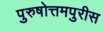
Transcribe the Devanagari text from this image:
पुरुषोत्तमपुरीस